King Institute of Preventive Medicine Micro-Biological Section reports 1912-19
Year: 1912
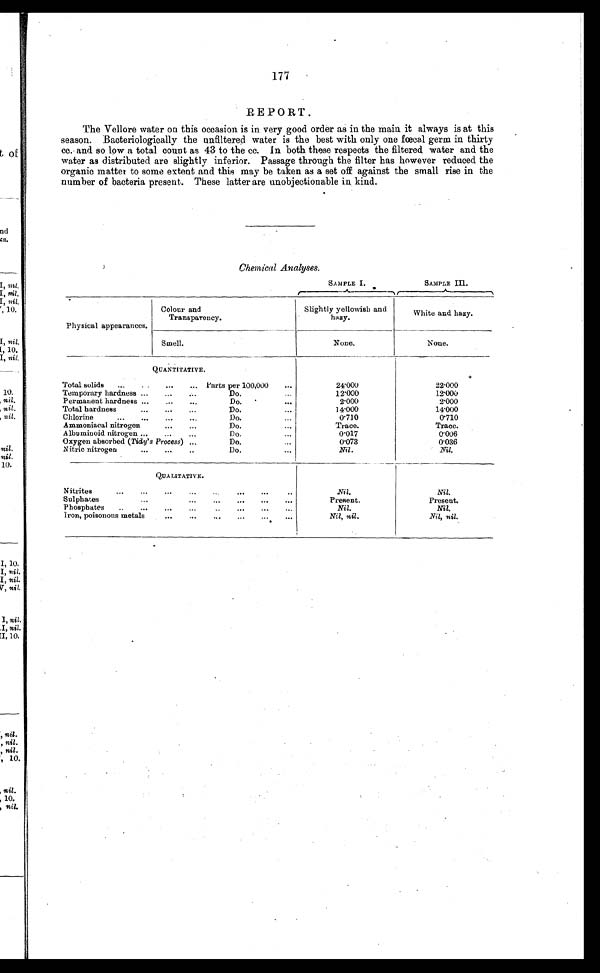
177
REPORT.
The Vellore water on this occasion is in very good order as in the main it always is at this
season. Bacteriologically the unfiltered water is the best with only one fœcal germ in thirty
cc. and so low a total count as 43 to the cc. In both these respects the filtered water and the
water as distributed are slightly inferior. Passage through the filter has however reduced the
organic matter to some extent and this may be taken as a set off against the small rise in the
number of bacteria present. These latter are unobjectionable in kind.
Chemical Analyses.
SAMPLE I.
SAMPLE Ill.
Physical appearances.
Colour and
Transparency.
Slightly yellowish and
hazy.
White and hazy.
Smell.
None.
None.
Q U A N T I T A T I V E .
Total solids ...
...
.... Parts per 100,000
...
22.000
Temporary hardness ...
... ...
Do.
...
12.000
12.000
Permanent hardness ...
...
...
Do.
...
2.000
2.000
Total hardness
...
...
...
Do.
...
14.000
14. 000
Chlorine
... ... ... ...
Do.
...
0.7] 0
0.710
Ammoniacal nitrogen
...
...
Do.
...
Trace.
Trace.
Albuminoid nitrogen ...
...
...
Do.
...
0.017
0.006
Oxygen absorbed( Tidy's Process) ...
Do.
...
0 . 0 7 3
0.036
Nitric nitrogen
... ...
...
Do.
...
Nil.
Nil.
QUALITATIVE.
Nitrites
...
...
...
...
...
...
...
..
Nil.
Nil.
Sulphates
...
... ... ... ... ...
Present.
Present.
Phosphates
..
...
...
...
..
.
... ... ...
Nil.
Nil.
Iron, poisonous metals
... ... ... ... ... ...
Nil, nil.
Nil, nil.